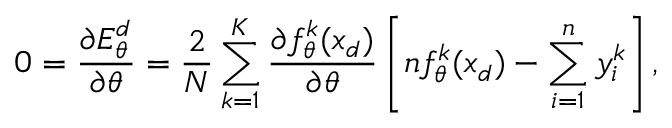
0 = \frac { \partial E _ { \theta } ^ { d } } { \partial \theta } = \frac { 2 } { N } \sum _ { k = 1 } ^ { K } \frac { \partial f _ { \theta } ^ { k } ( x _ { d } ) } { \partial \theta } \left[ n f _ { \theta } ^ { k } ( x _ { d } ) - \sum _ { i = 1 } ^ { n } y _ { i } ^ { k } \right] { \mathrm { , } }